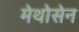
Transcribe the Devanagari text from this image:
मेथोसेन